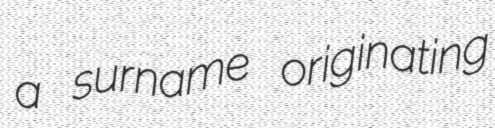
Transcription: a surname originating